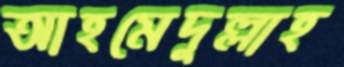
আহমেদুল্লাহ